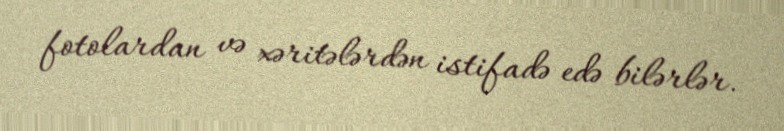
fotolardan və xəritələrdən istifadə edə bilərlər.